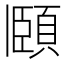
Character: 頥